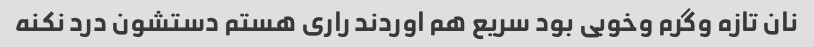
نان تازه وگرم وخوبی بود سریع هم اوردند راری هستم دستشون درد نکنه